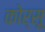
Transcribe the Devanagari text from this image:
कोर्सू